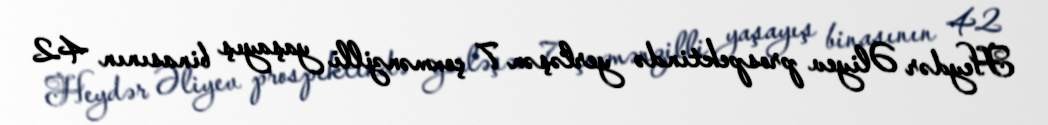
Heydər Əliyev prospektində yerləşən 7 çoxmənzilli yaşayış binasının 42